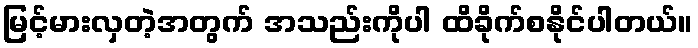
မြင့်မားလှတဲ့အတွက် အသည်းကိုပါ ထိခိုက်စနိုင်ပါတယ်။